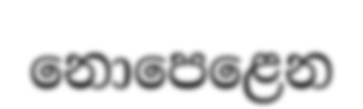
නොපෙළෙන